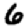
Digit: 6